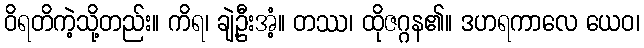
ဝိရတိကဲ့သို့တည်း။ ကိရ၊ ချဲ့ဦးအံ့။ တဿ၊ ထိုဇဂ္ဂန၏။ ဒဟရကာလေ ယေဝ၊